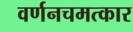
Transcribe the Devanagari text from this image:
वर्णनचमत्कार